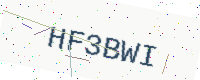
Text: HF3BWI